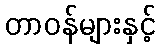
တာဝန်များနှင့်